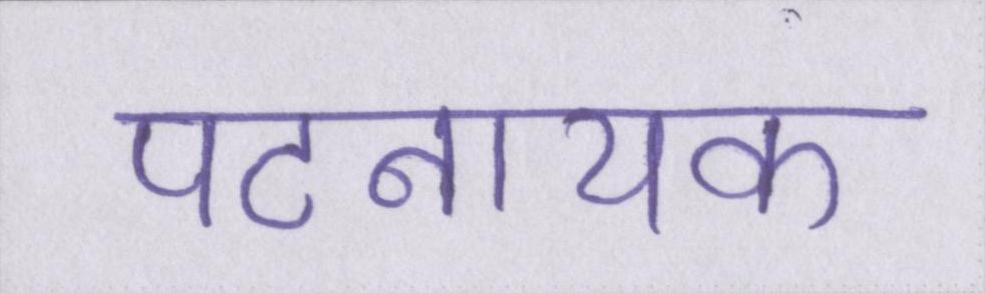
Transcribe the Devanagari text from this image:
पटनायक